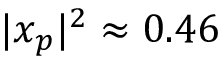
| x _ { p } | ^ { 2 } \approx 0 . 4 6